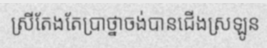
ស្រីតែងតែប្រាថ្នាចង់បានជើងស្រឡូន